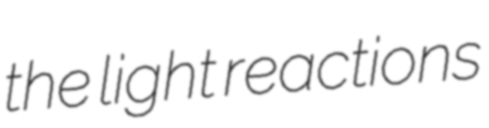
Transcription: the light reactions